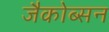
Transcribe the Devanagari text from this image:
जैकोब्सन